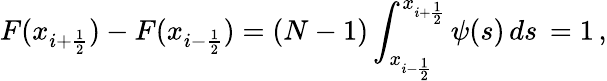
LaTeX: F(x_{i+\frac{1}{2}})-F(x_{i-\frac{1}{2}})=(N-1)\int_{x_{i-\frac{1}{2}}}^{x_{i+\frac{1}{2}}}\psi(s)\, ds\, =1\, ,